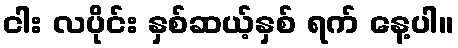
ငါး လပိုင်း နှစ်ဆယ့်နှစ် ရက် နေ့ပါ။